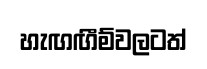
හැඟඟීම්වලටත්